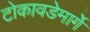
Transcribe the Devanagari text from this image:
टोकावडेमार्गे